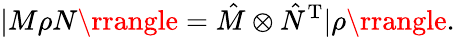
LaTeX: |M\rho N\rrangle=\hat{M}\otimes\hat{N}^{\mathrm{T}}|\rho\rrangle.